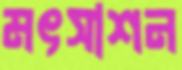
মৎসাশন